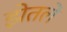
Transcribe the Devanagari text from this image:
झेतलें